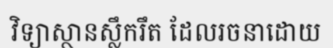
វិទ្យាស្ថានស្លឹករឹត ដែលរចនាដោយ